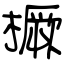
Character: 橛